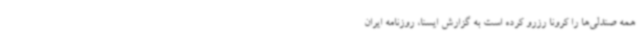
همه صندلی‌ها را کرونا رزرو کرده است به گزارش ایسنا، روزنامه ایران